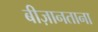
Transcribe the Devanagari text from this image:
बीज़ानताना